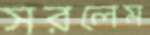
সরলেম